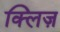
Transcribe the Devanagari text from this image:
क्लिज़